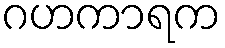
ဂဟကာရက